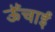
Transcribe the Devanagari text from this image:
ऊॅंचाई